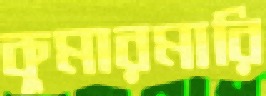
কুমারমারি